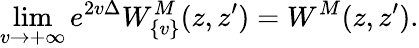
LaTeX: \operatorname*{lim}_{v\to{+\infty}}e^{2v\Delta}{W}_{\{ v\} }^{M}(z,z^{\prime})={W}^{M}(z,z^{\prime}).